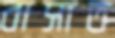
বাসাত